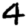
Digit: 4